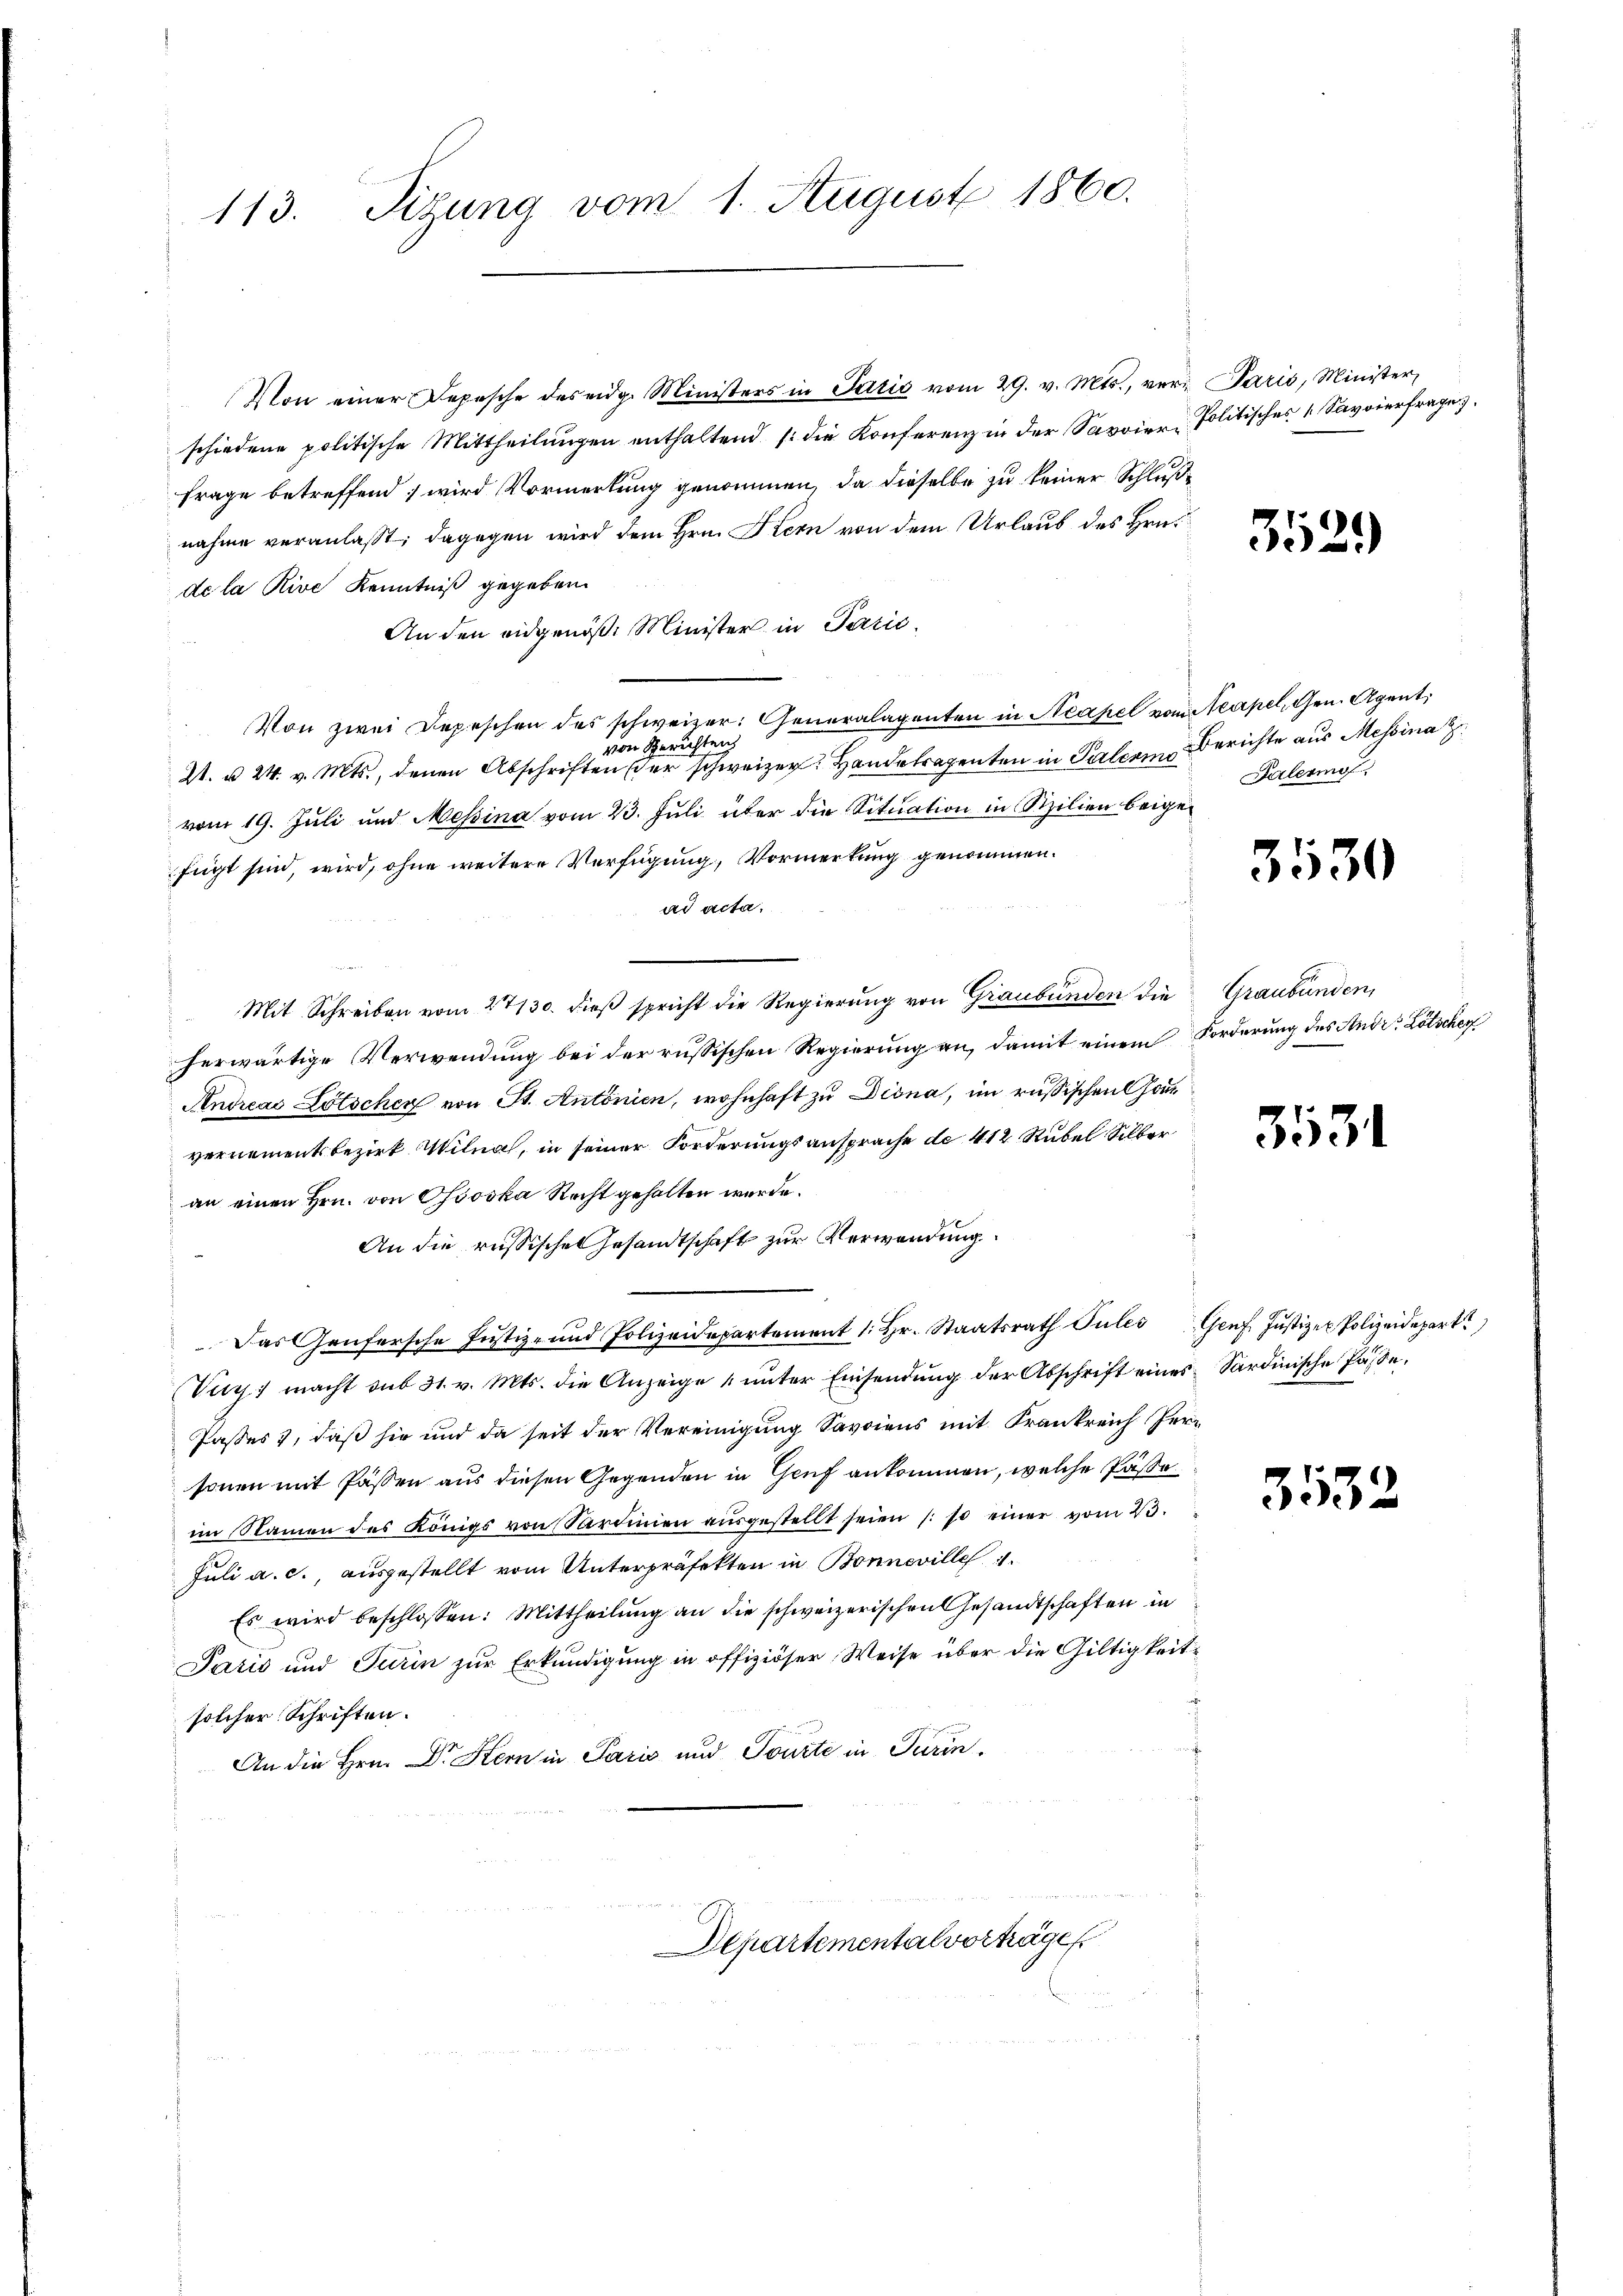
Von einer Depesche des eidg. Ministers in Talić vom 29. v. Mts., vern Paris, Minister,
schiedene politische Mittheilŭngen enthaltend /: die Konferenz in der Savoier- Politisches Savoierfrage
Frage betreffend, wird Vormerkung genommen, da dieselbe zu keiner Schlußnahme veranlaßt; dagegen wird dem Hrn. Kern von dem Urlaub des Hrn.
de la Rive Kenntniß gegeben
An den eidgenöß. Minister in Parić.
Von zwei Depeschen des schweizer. Generalagenten in Neapel von Neapel, Gen. Agent
von Gerichten
A. u 24. v. Mts., denen Abschriften der schweizer: Handetragenten in Palzen Berichte aus Messina
vom 19. Juli und Messina vom 23. Juli über die Situation in Szilien beigefügt sind, wird, ohne weitere Verfügung, Vormerkung genommen.
ad acta.
Mit Schreiben vom 27130. dieß spricht die Regierung von Graubünden die
herwärtige Verwendung bei der russischen Regierung an, damit einem Forderung des Ander Lötschen
Andreas Lötscher von St. Antonien, wohnhaft zu Diona, im russischen Hauvernomentsbezirk Wilnah, in seiner Forderungsansprache de 412 Rubel Silber
an einen Hrn. von Goska Recht gehalten wurde.
An die russische Gesandtschaft zur Verwendung
Das Genfersche Justiz- und Polizeidepartement 1. hr. Staatsrath Julii Genf Justizen Polizeidepart
Vir; macht sub 31. v. Mts. die Anzeige ŭnter Einsendŭng der Abschrift eines Sardinische Pässe.
Paßes, daß sie und da seit der Vereinigung Savoiens mit Krankreich Personen mit Passen aus diesen Gegenden in Gruf ankommen, welche Pässe
im Namen des Königs von Sardinien aŭsgestellt seien (so einer vom 23.
Juli a. c., ausgestellt vom Unterpräfekten in Bonneville 4.
Es wird beschlossen: Mittheilung an die schweizerischen Gesandtschaften in
Paris und Turin zur Erkundigung in offiziöser Weise über die Gültigkeitsolcher Schriften.
An die Hrn. Dr Stern in Pazić und Tourte in Turin¬

113. Sizung vom 1. August 1860.

Departementalvorträge

3529)

Galermo

3530

Graubünden,

3531

3532